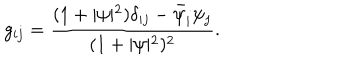
g _ { i j } = \frac { ( 1 + \vert \psi \vert ^ { 2 } ) \delta _ { i j } - \bar { \psi } _ { i } \psi _ { j } } { ( 1 + \vert \psi \vert ^ { 2 } ) ^ { 2 } } .